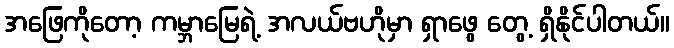
အဖြေကိုတော့ ကမ္ဘာမြေရဲ့ အလယ်ဗဟိုမှာ ရှာဖွေ တွေ့ ရှိနိုင်ပါတယ်။